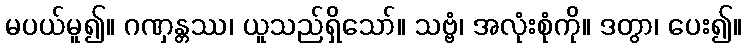
မပယ်မူ၍။ ဂဏှန္တဿ၊ ယူသည်ရှိသော်။ သဗ္ဗံ၊ အလုံးစုံကို။ ဒတွာ၊ ပေး၍။